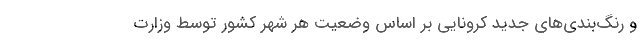
و رنگ‌بندی‌های جدید کرونایی بر اساس وضعیت هر شهر کشور توسط وزارت